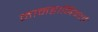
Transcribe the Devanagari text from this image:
मानहानिकर्ता